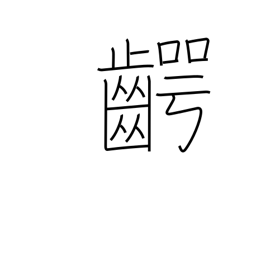
Meaning: jaw